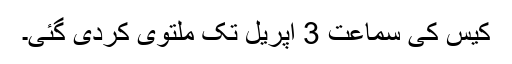
کیس کی سماعت 3 اپریل تک ملتوی کردی گئی۔